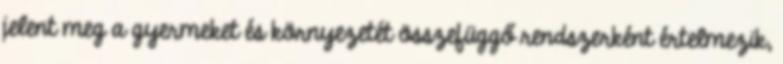
jelent meg a gyermeket és környezetét összefüggő rendszerként értelmezik,